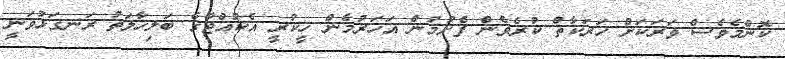
ކޮންމެވެސް ވަރަކަށް ހަރަކާތް ކުރެވެން ފެށުމުން އަހަރުމެން ހީކުރީ އެކުއްޖާގެ ބަލިހާލަތު ރަނގަޅުވަނީ